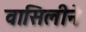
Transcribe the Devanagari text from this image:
वासिलीने